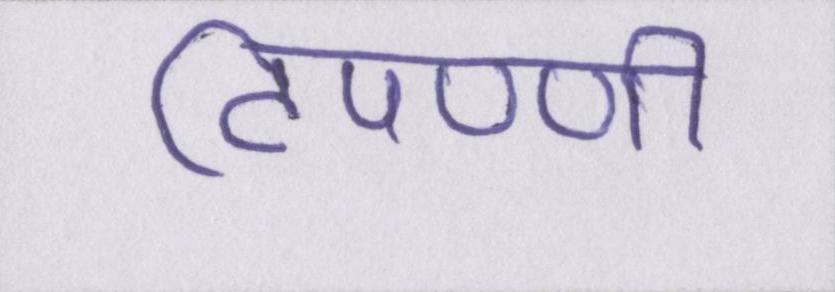
टिपण्णी